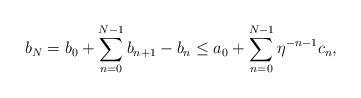
LaTeX: \begin{align*} b_N=b_0+\sum_{n=0}^{N-1}b_{n+1}-b_n\leq a_0+\sum_{n=0}^{N-1}\eta^{-n-1}c_n,\end{align*}